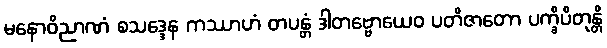
မနောဝိညာဏံ စသဒ္ဒေန ကဿာဟံ တပန္တံ ဒါတဗ္ဗောယေဝ ပတိဇာတော ပက္ခိပိတုန္တိ